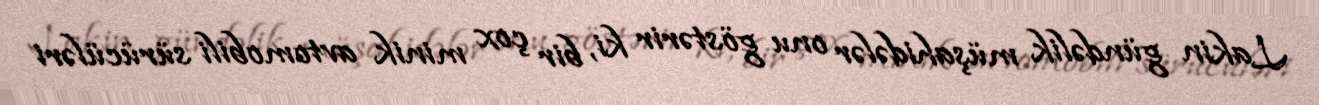
Lakin gündəlik müşahidələr onu göstərir ki, bir çox minik avtomobili sürücüləri